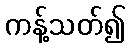
ကန့်သတ်၍